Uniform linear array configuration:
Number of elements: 64
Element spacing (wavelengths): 0.5
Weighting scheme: blackman
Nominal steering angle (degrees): -45
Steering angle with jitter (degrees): -46.822
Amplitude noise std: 0.05
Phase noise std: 0.05

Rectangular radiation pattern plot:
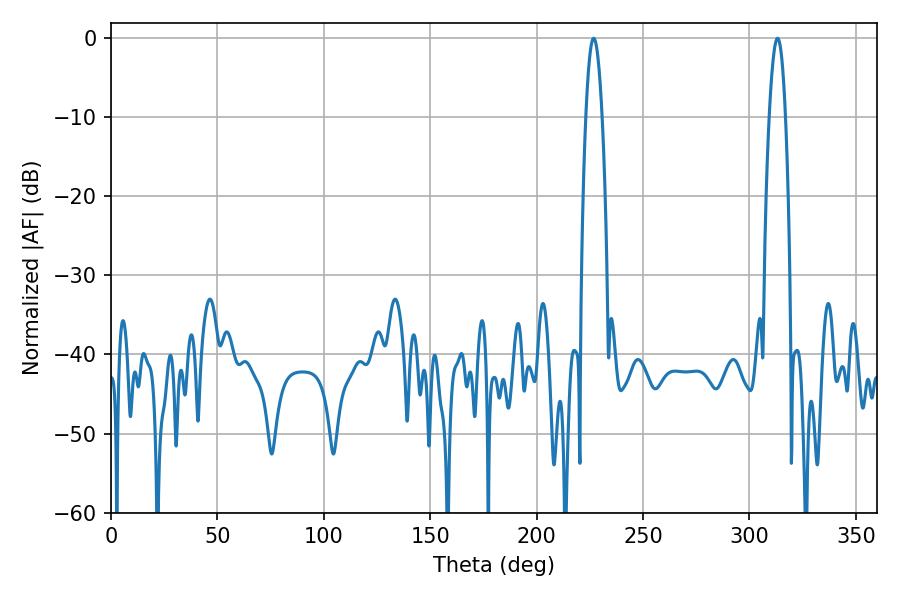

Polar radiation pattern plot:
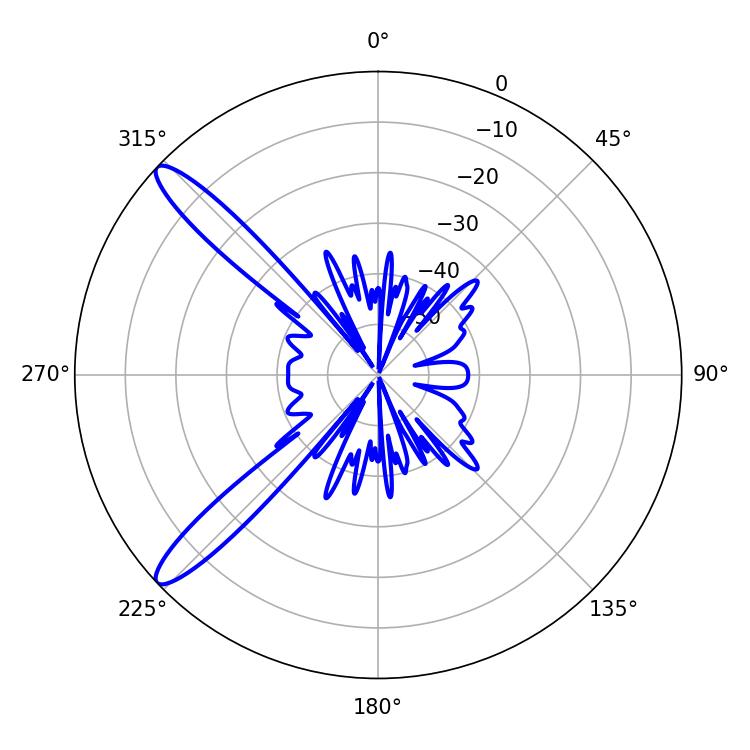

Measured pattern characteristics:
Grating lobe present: FALSE
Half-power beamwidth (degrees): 4.14
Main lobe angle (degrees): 226.8